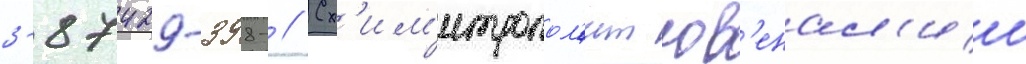
3-87429-398- // Сх'им'итропол'ит юв'енал'ии